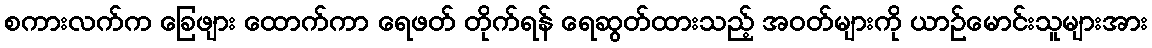
စကားလက်က ခြေဖျား ထောက်ကာ ရေဖတ် တိုက်ရန် ရေဆွတ်ထားသည့် အဝတ်များကို ယာဉ်မောင်းသူများအား